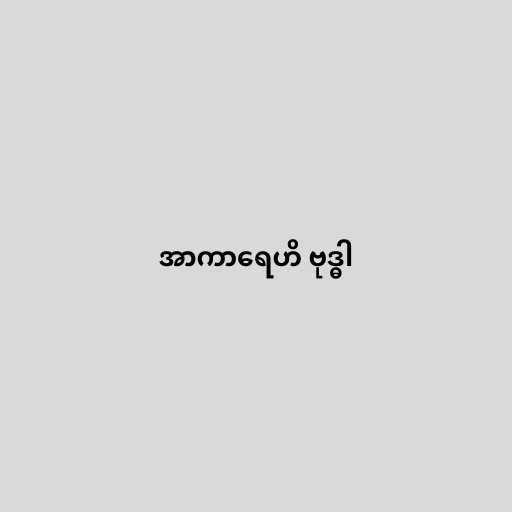
အာကာရေဟိ ဗုဒ္ဓါ